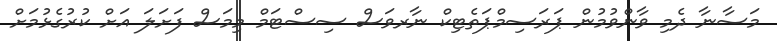
މަސާނާ ދެމި ވާންވުމުން ޕަރަސިމްޕަތެޓިކް ނާރވަސް ސިސްޓަމް މިމަސް ފަށަލަ އަށް ކުރުގެޅުމަށް